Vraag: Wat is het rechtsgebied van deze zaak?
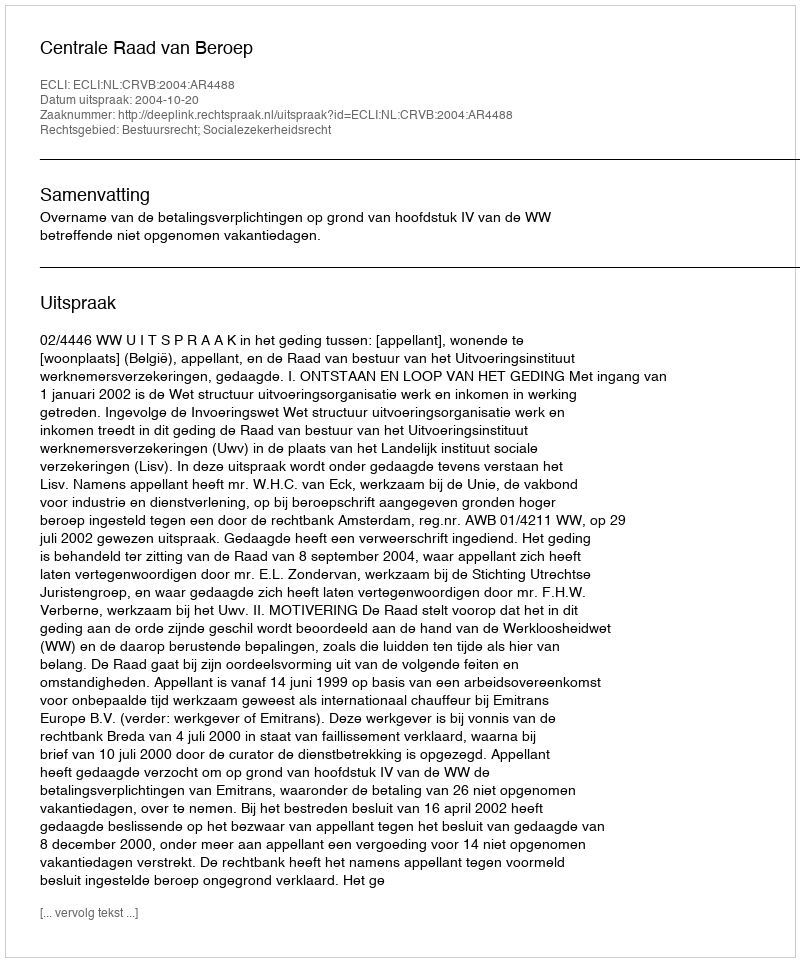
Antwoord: Bestuursrecht; Socialezekerheidsrecht